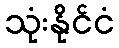
သုံးနိုင်ငံ